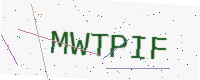
Text: MWTPIF